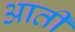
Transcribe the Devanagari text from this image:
आर्ती